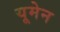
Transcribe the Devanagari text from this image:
यूमेन